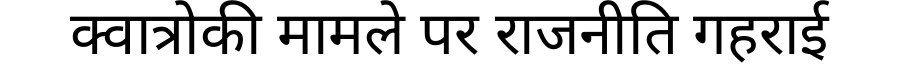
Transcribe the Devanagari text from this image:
क्वात्रोकी मामले पर राजनीति गहराई